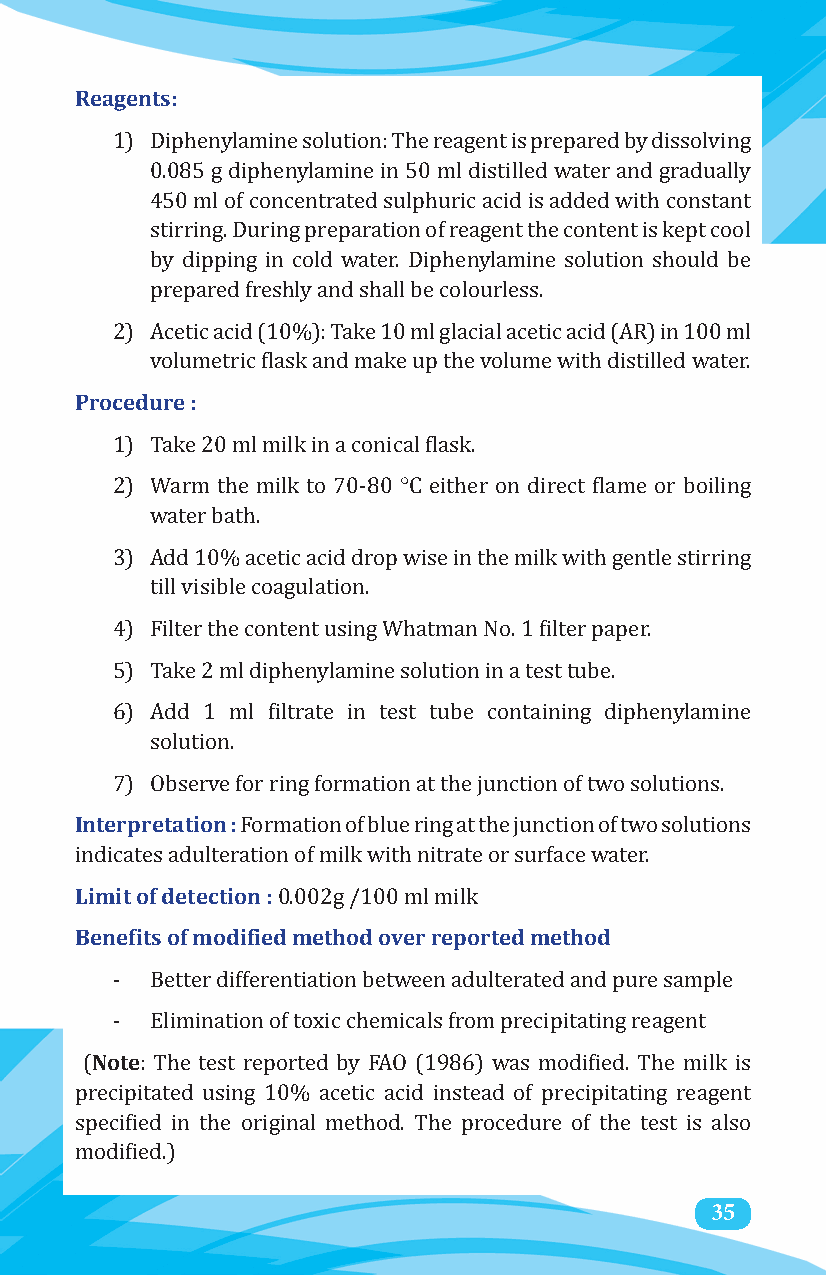
Reagents:
 1) Diphenylamine solution: The reagent is prepared by dissolving
 0.085 g diphenylamine in 50 ml distilled water and gradually
 450 ml of concentrated sulphuric acid is added with constant
 stirring. During preparation of reagent the content is kept cool
 by dipping in cold water. Diphenylamine solution should be
 prepared freshly and shall be colourless.
 2) Acetic acid (10%): Take 10 ml glacial acetic acid (AR) in 100 ml
 Procedure :
 volumetric flask and make up the volume with distilled water.
 °
 1) Take 20 ml milk in a conical flask.
 2) Warm the milk to 70-80 C either on direct flame or boiling
 water bath.
 3) Add 10% acetic acid drop wise in the milk with gentle stirring
 till visible coagulation.
 4) Filter the content using Whatman No. 1 filter paper.
 5) Take 2 ml diphenylamine solution in a test tube.
 6) Add 1 ml filtrate in test tube containing diphenylamine
 solution.
 Interpretation :
 7) Observe for ring formation at the junction of two solutions.
 Formation of blue ring at the junction of two solutions
 Limit of detection :
 indicates adulteration of milk with nitrate or surface water.
 Benefits of modified method over reported method
 0.002g /100 ml milk
 -  Better differentiation between adulterated and pure sample
 Note
 -  Elimination of toxic chemicals from precipitating reagent
 (   : The test reported by FAO (1986) was modified. The milk is
 precipitated using 10% acetic acid instead of precipitating reagent
 specified in the original method. The procedure of the test is also
 modified.)
 35